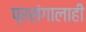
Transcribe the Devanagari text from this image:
प्रसंगालाही